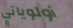
أولوياتي